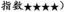
指数★★★★)